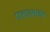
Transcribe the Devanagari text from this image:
फतहसागर